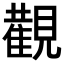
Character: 𮗚